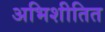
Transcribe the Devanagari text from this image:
अभिशीतित